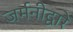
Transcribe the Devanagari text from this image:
जर्मनीद्वारे